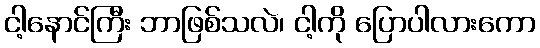
ငါ့နောင်ကြီး ဘာဖြစ်သလဲ၊ ငါ့ကို ပြောပါလားကော